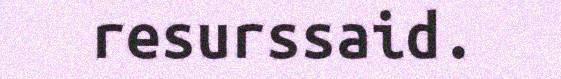
resurssaid.